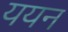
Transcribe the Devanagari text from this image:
ययन